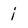
Character: i